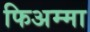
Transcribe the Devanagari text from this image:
फिअम्मा